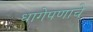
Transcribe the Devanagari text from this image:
धागेपणाचे